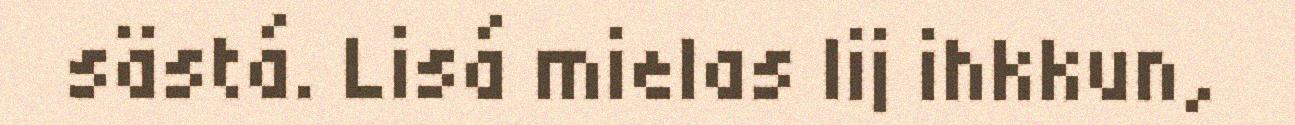
sästá. Lisá mielas lij ihkkun,